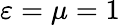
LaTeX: \varepsilon=\mu=1